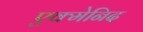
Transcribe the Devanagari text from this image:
एक्मेनिद